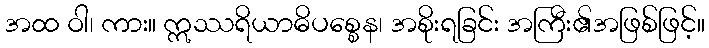
အထ ဝါ၊ ကား။ ဣဿရိယာဓိပစ္စေန၊ အစိုးရခြင်း အကြီး၏အဖြစ်ဖြင့်။